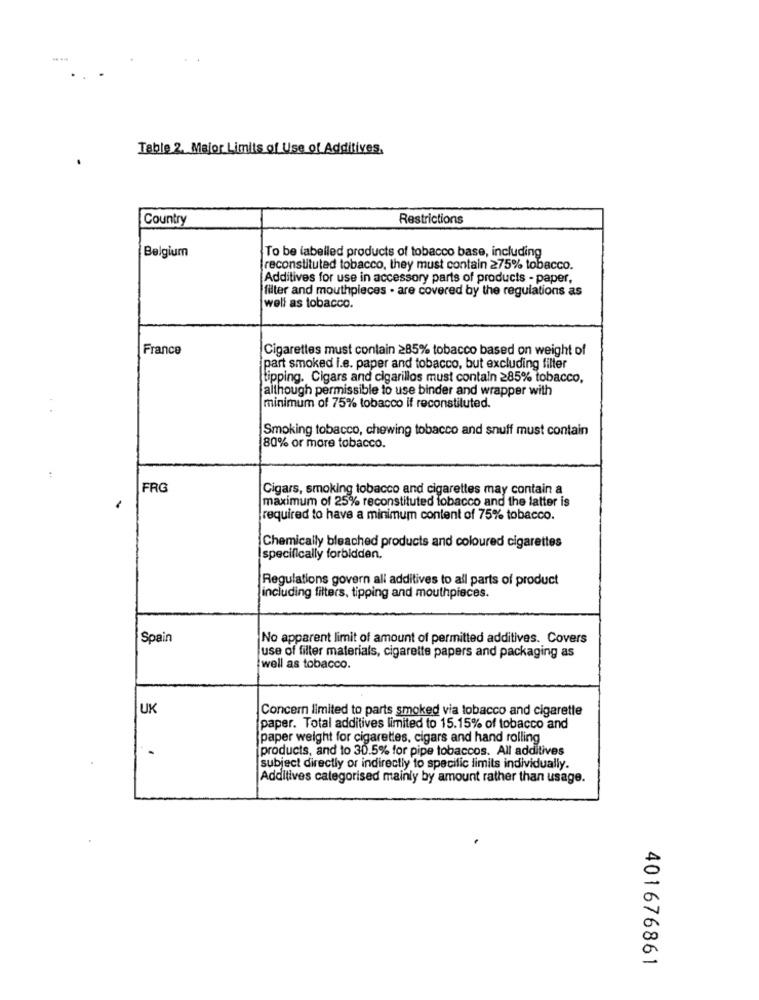
...
Table 2. Major Limits of Use of Additives.
Country
Restrictions
Belgium
To be labelled products of tobacco base, including
reconstituted tobacco, they must contain 275% tobacco.
Additives for use in accessory parts of products - paper,
filter and mouthpieces . are covered by the regulations as
well as tobacco.
France
Cigarettes must contain 285% tobacco based on weight of
part smoked i.e. paper and tobacco, but excluding filter
tipping. Cigars and cigarillos must contain 285% tobacco,
although permissible to use binder and wrapper with
.
minimum of 75% tobacco if reconstituted.
Smoking tobacco, chewing tobacco and snuff must contain
80% or more tobacco.
FRG
Cigars, smoking tobacco and cigarettes may contain a
maximum of 25% reconstituted tobacco and the latter is
required to have a minimum content of 75% tobacco.
Chemically bleached products and coloured cigarettes
specifically forbidden.
Regulations govern all additives to all parts of product
including filters, tipping and mouthpieces.
Spain
No apparent limit of amount of permitted additives. Covers
use of filter materials, cigarette papers and packaging as
well as tobacco.
UK
Concern limited to parts smoked via tobacco and cigarette
paper. Total additives limited to 15.15% of tobacco and
paper weight for cigarettes, cigars and hand rolling
products, and to 30.5% for pipe tobaccos. All additives
subject directly or indirectly to specific limits individually.
Additives categorised mainly by amount rather than usage.
401676861